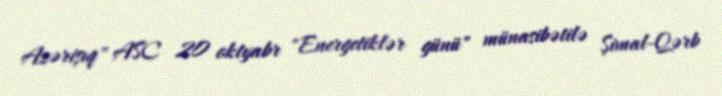
Azərişıq" ASC 20 oktyabr "Energetiklər günü" münasibətilə Şimal-Qərb